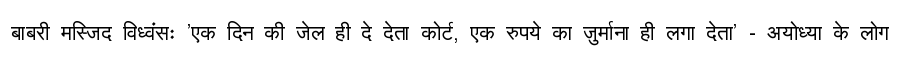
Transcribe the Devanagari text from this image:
बाबरी मस्जिद विध्वंसः 'एक दिन की जेल ही दे देता कोर्ट, एक रुपये का जुर्माना ही लगा देता' - अयोध्या के लोग